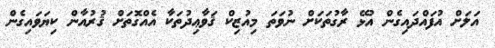
އަލަށް އުފައްދައިގެން އުޅޭ ރާގުތަކަށް ނުވަތަ މިއުޒިކް ޤަވާޢިދުތަކާ އެއްގޮތަށް ޤުރުއާން ކިޔަވައިގެން